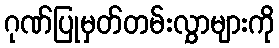
ဂုဏ်ပြုမှတ်တမ်းလွှာများကို